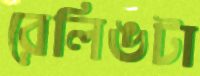
রেলিঙটা